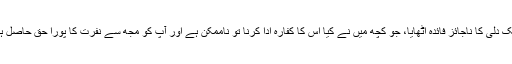
سمپورن سنگھ بیگم صاحب سے مخاطب ہوا "مجھے احساس ہے کہ میں نے آپ کی نیک دلی کا ناجائز فائدہ اٹھایا، جو کچھ میں نے کیا اس کا کفّارہ ادا کرنا تو ناممکن ہے اور آپ کو مجھ سے نفرت کا پورا حق حاصل ہے لیکن میری خواہش ہے کہ صبح میں خود آپ کو ٹرین میں سوار کروانے لے جاؤں"۔